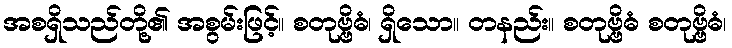
အစရှိသည်တို့၏ အစွမ်းဖြင့်။ စတုဗ္ဗိဓံ၊ ရှိသော။ တနည်း။ စတုဗ္ဗိဓံ စတုဗ္ဗိဓံ၊